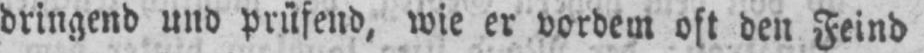
dringend und prüfend, wie er vordem oft den Feind